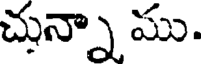
చున్నా ము.